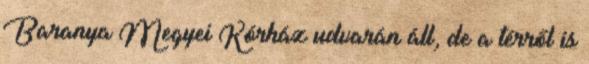
Baranya Megyei Kórház udvarán áll, de a térről is